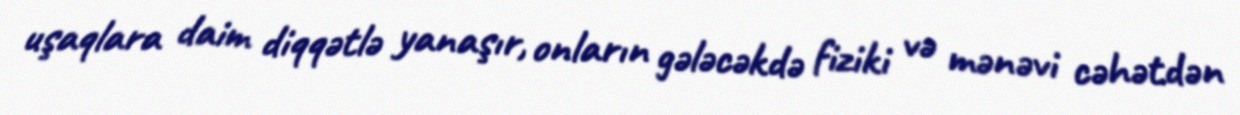
uşaqlara daim diqqətlə yanaşır, onların gələcəkdə fiziki və mənəvi cəhətdən